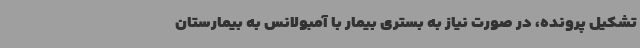
تشکیل پرونده، در صورت نیاز به بستری بیمار با آمبولانس به بیمارستان